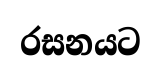
රසනයට